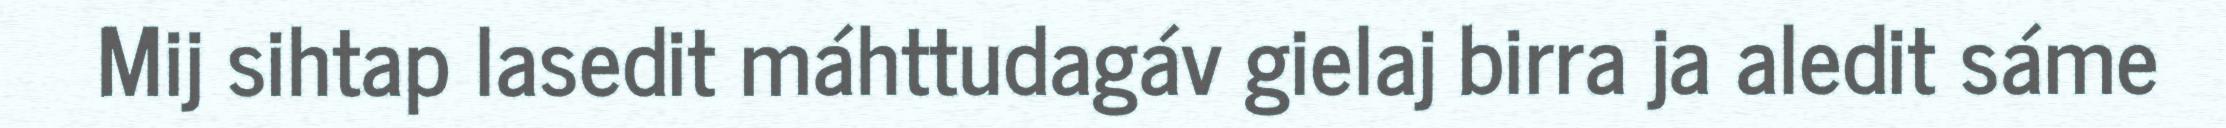
Mij sihtap lasedit máhttudagáv gielaj birra ja aledit sáme